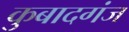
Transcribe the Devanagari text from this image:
कुबादगंज